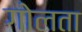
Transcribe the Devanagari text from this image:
गोलता